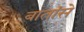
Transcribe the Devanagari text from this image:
बातांसे